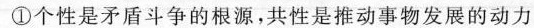
①个性是矛盾斗争的根源，共性是推动事物发展的动力